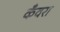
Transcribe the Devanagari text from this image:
कँवरा